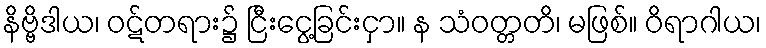
နိဗ္ဗိဒါယ၊ ဝဋ်တရား၌ ငြီးငွေ့ခြင်းငှာ။ န သံဝတ္တတိ၊ မဖြစ်။ ဝိရာဂါယ၊